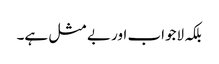
بلکہ لاجواب اور بے مثل ہے۔